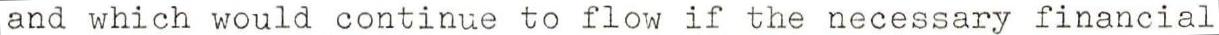
and which would continue to flow if the necessary financial